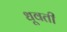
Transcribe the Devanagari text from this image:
धूवती